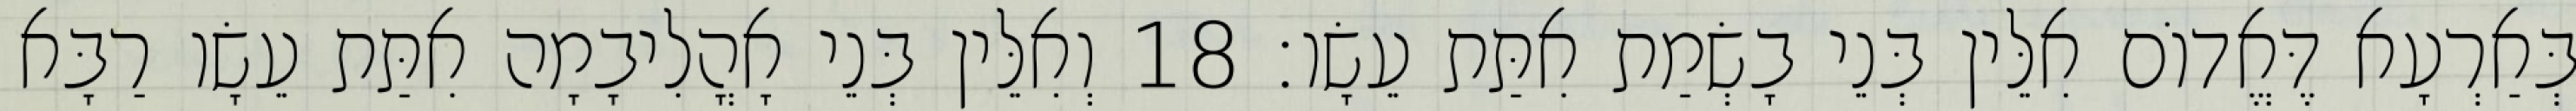
בְּאַרְעָא דֶּאֱדוֹם אִלֵּין בְּנֵי בָשְׂמַת אִתַּת עֵשָׂו׃ 18 וְאִלֵּין בְּנֵי אָהֳלִיבָמָה אִתַּת עֵשָׂו רַבָּא